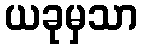
ယခုမှသာ